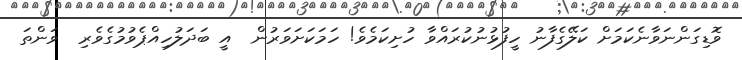
ވޮޑިގަންނަވާނެކަމަށް ކަލޭގެފާނު ހީފުޅުނުކުރައްވާ ހުށިކަމެވެ! ހަމަކަށަވަރުން  އީ ބަދަލުހިއްޕެވުމުގެވެރި  ވަންތަ